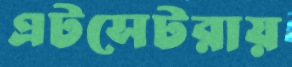
এটসেটরায়